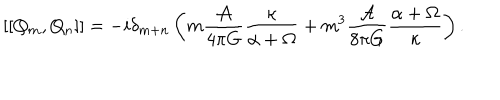
LaTeX: \left[ \left[ Q _ { m } , Q _ { n } \right] \right] = - i \delta _ { m + n } \left( m \frac { { \cal A } } { 4 \pi G } \frac { \kappa } { \alpha + \Omega } + m ^ { 3 } \frac { { \cal A } } { 8 \pi G } \frac { \alpha + \Omega } { \kappa } \right) .